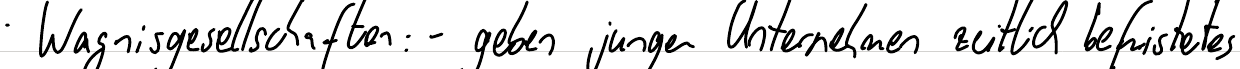
Wagnisgesellschaften: - geben jungen Unternehmen zeitlich befristetes